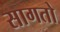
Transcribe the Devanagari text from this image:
सागतो